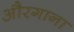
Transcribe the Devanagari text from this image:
औरगाना